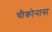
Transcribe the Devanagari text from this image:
चौकोनास